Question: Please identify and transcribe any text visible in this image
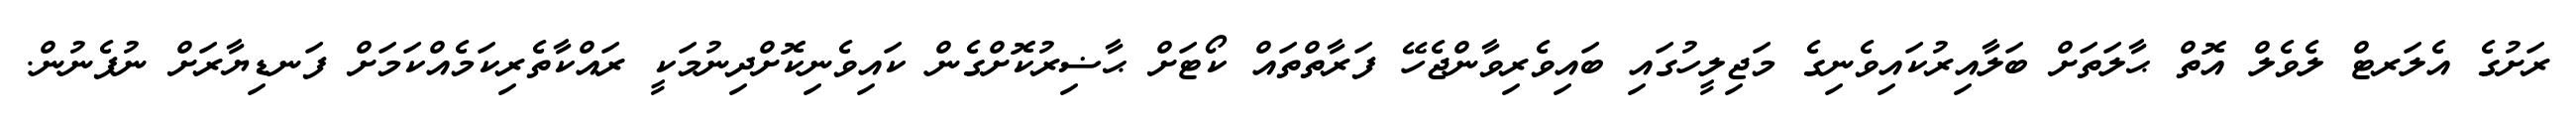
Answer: ރަށުގެ އެލަރޓް ލެވެލް އޮތް ޙާލަތަށް ބަލާއިރުކައިވެނިގެ މަޖިލީހުގައި ބައިވެރިވާންޖެހޭ ފަރާތްތައް ކޯޓަށް ޙާޟިރުކޮށްގެން ކައިވެނިކޮށްދިނުމަކީ ރައްކާތެރިކަމެއްކަމަށް ފަނޑިޔާރަށް ނުފެނުން.